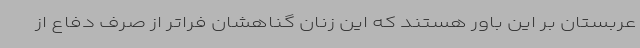
عربستان بر این باور هستند که این زنان گناهشان فراتر از صرف دفاع از